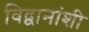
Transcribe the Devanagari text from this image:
विद्वानांशी